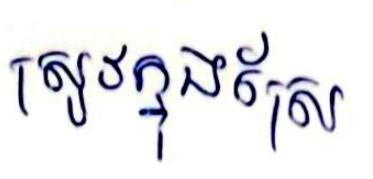
ស្រូវក្នុងស្រែ